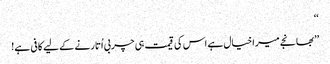
‘‘
’’بھانجے میرا خیال ہے اس کی قیمت ہی چربی اُتارنے کے لیے کافی ہے!